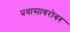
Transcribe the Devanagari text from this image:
प्रवासाबरोबर